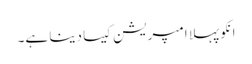
انکو پہلا امپریشن کیسا دینا ہے۔